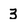
Character: 3